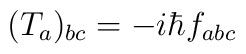
(T_a)_{bc} = - i\hbar f_{abc}